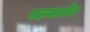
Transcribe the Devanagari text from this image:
पल्मानेर